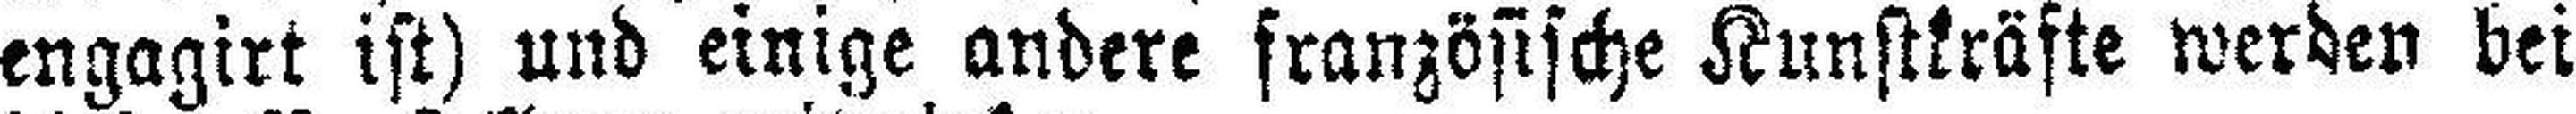
engagirt ist) und einige andere französische Kunstkräfte werden bei